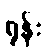
ရုန်း